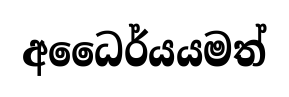
අධෛර්යයමත්